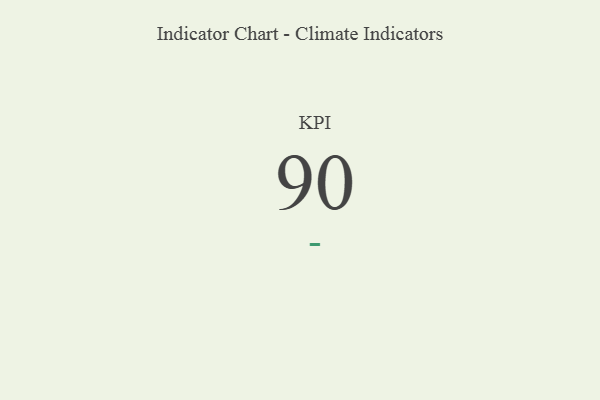
{"axis": {"x": "KPI", "y": "Value"}, "legend": [""], "data": [{"x": "KPI", "y": 90, "type": ""}]}